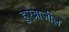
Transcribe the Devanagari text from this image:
हुएब्राजील